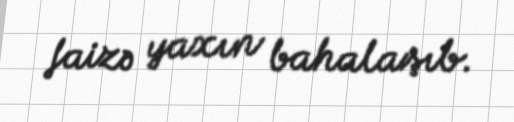
faizə yaxın bahalaşıb.